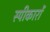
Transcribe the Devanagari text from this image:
स्पीकारों